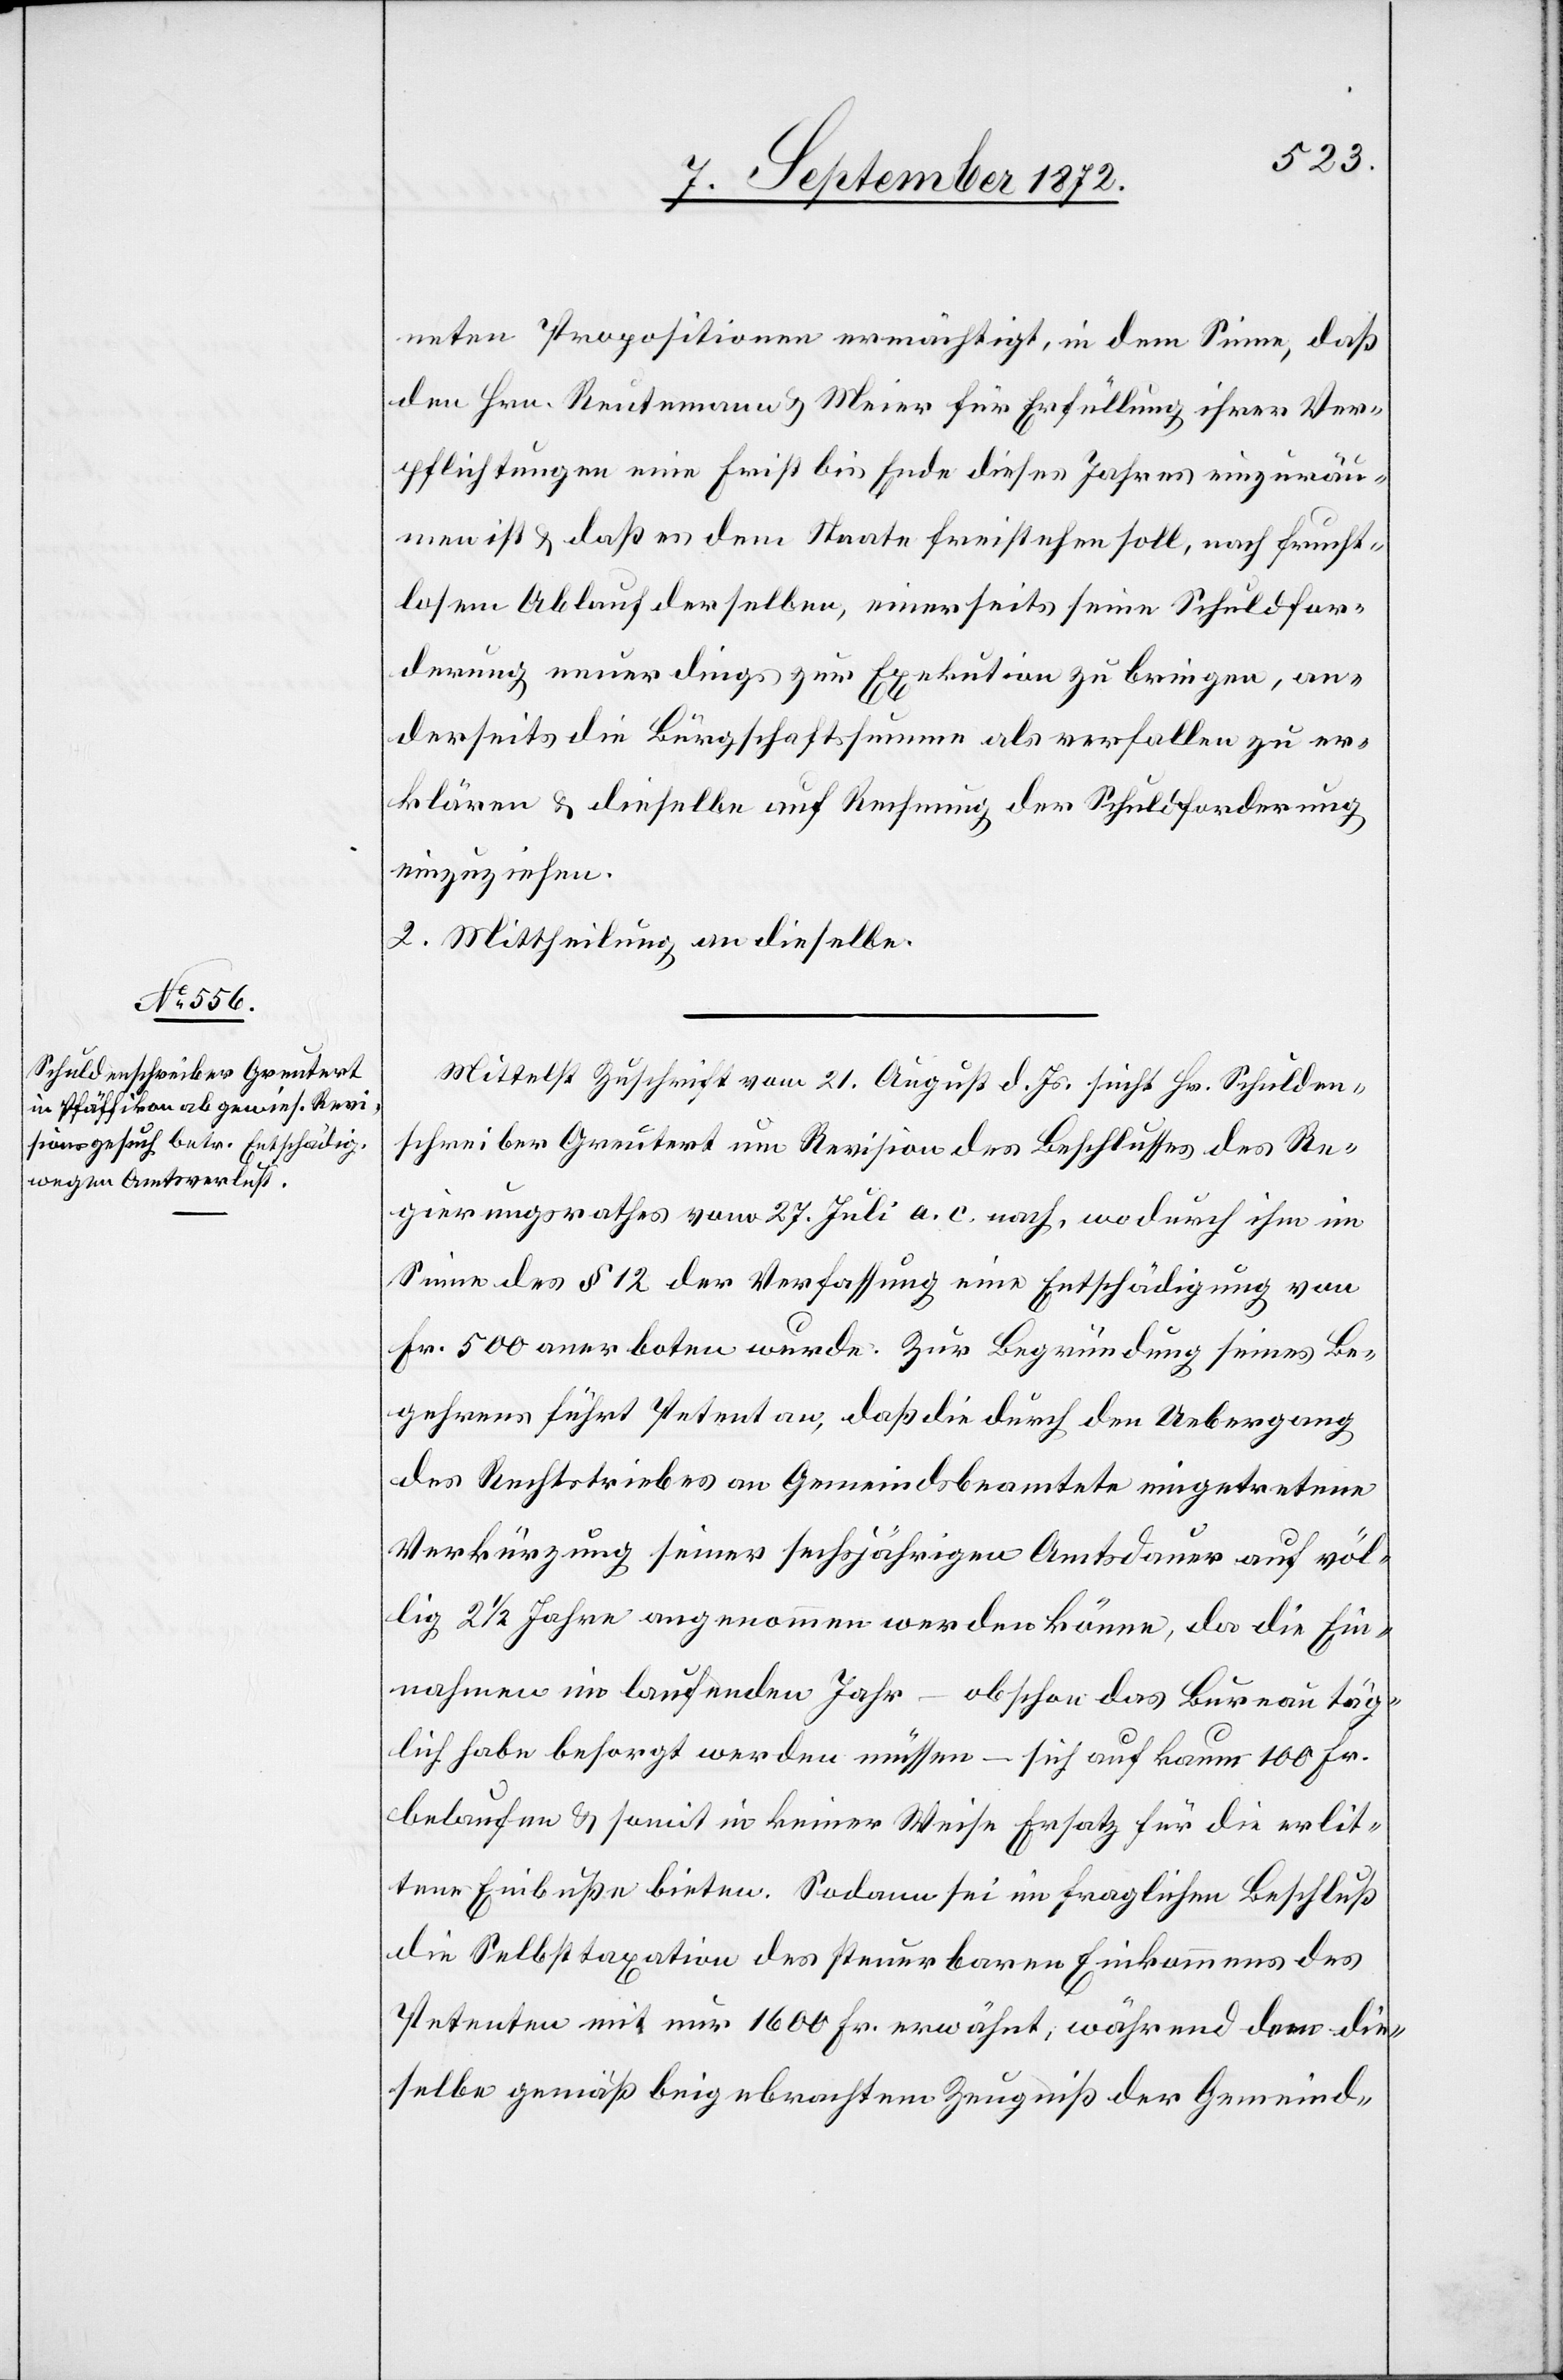
neten Proposition ermächtigt, in dem Sinne, daß
den Hrn. Reutemann u. Meier für Erfüllung ihrer Ver¬
pflichtungen eine Frist bis Ende dieses Jahres einzuräu¬
men ist u. daß es dem Staate freistehen soll, nach frucht¬
losem Ablauf derselben, einerseits seine Schuldfor¬
derung neuerdings zur Exekution zu bringen, an¬
derseits die Bürgschaftssumme als verfallen zu er¬
klären u. dieselbe auf Rechnung der Schuldforderung
einzuziehen.
2. Mittheilung an dieselbe.
Mittelst Zuschrift vom 21. August d. Js. sucht Hr. Schulden¬
schreiber Greutert um Revision des Beschlusses des Re¬
gierungsrathes vom 27. Juli a. c. nach, wodurch ihm im
Sinne des § 12 der Verfassung einer Entschädigung von
Fr. 500 anerboten wurde. Zur Begründung seines Be¬
gehrens führt Petent an, daß die durch den Uebergang
des Rechtstriebes an Gemeindsbeamtete eingetretene
Verkürzung seiner sechsjährigen Amtsdauer auf völ¬
lig 2 1/2 Jahre angenommen werden könne, da die Ein¬
nahmen im laufenden Jahr – obschon das Bureau täg¬
lich habe besorgt werden müssen – sich auf kaum 100 Fr.
belaufen u. somit in keiner Weise Ersatz für die erlit¬
tene Einbuße bieten. Sodann sei im fraglichen Beschluß
die Selbsttaxation des steuerbaren Einkommens des
Petenten mit nur 1600 Fr. erwähnt, während dem die¬
selbe gemäß beigebrachtem Zeugniß der Gemeind-